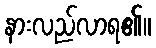
နားလည်လာရ၏။